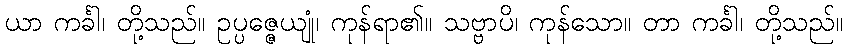
ယာ ကင်္ခါ၊ တို့သည်။ ဥပ္ပဇ္ဇေယျုံ၊ ကုန်ရာ၏။ သဗ္ဗာပိ၊ ကုန်သော။ တာ ကင်္ခါ၊ တို့သည်။